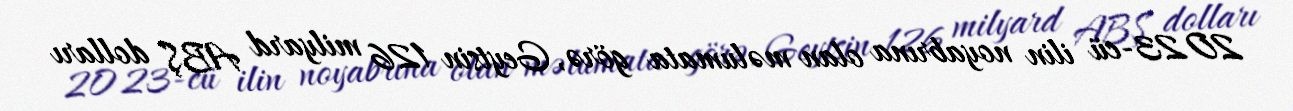
2023-cü ilin noyabrına olan məlumata görə, Geytsin 126 milyard ABŞ dolları